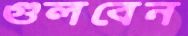
গুলবেন